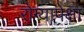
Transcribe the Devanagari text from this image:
रोग्यापेक्षा